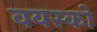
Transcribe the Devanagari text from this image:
वयस्‍कों